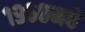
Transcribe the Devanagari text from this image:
१९६०मधे